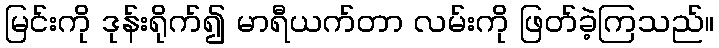
မြင်းကို ဒုန်းရိုက်၍ မာရီယက်တာ လမ်းကို ဖြတ်ခဲ့ကြသည်။